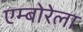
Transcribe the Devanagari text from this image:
एम्बोरेला